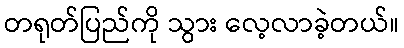
တရုတ်ပြည်ကို သွား လေ့လာခဲ့တယ်။